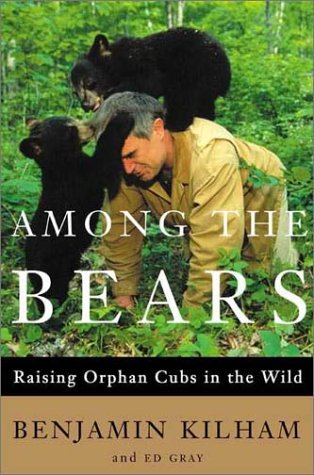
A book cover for Among the Bears: Raising Orphaned Cubs in the Wild; Benjamin Kilham; Sports & Outdoors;